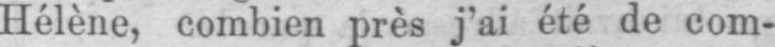
Hélène, combien près j’ai été de com-